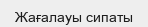
Жағалауы сипаты